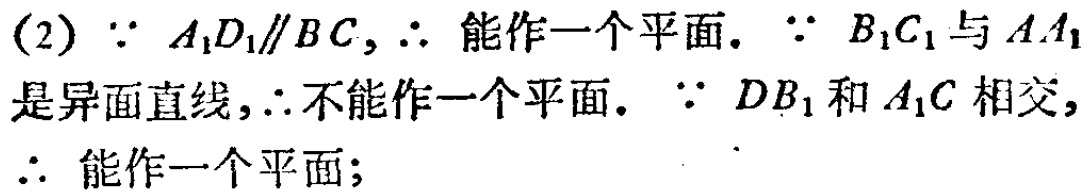
(2) $\because A_{1}D_{1}\parallel BC$, $\therefore$ 能作一个平面. $\because B_{1}C_{1}$ 与 $AA_{1}$ 是异面直线, $\therefore$ 不能作一个平面. $\because DB_{1}$ 和 $A_{1}C$ 相交, $\therefore$ 能作一个平面;